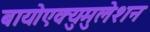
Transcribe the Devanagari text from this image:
बायोएक्युमुलेशन